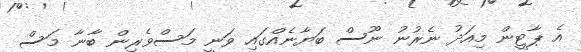
އެ ޕާޓީން މިއަދު ނެރުނު ނޫސް ބަޔާނެއްގައި ވަނީ މަސްވެރިން ބާނާ މަސް